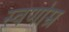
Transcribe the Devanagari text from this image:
स्वर्णाम्र